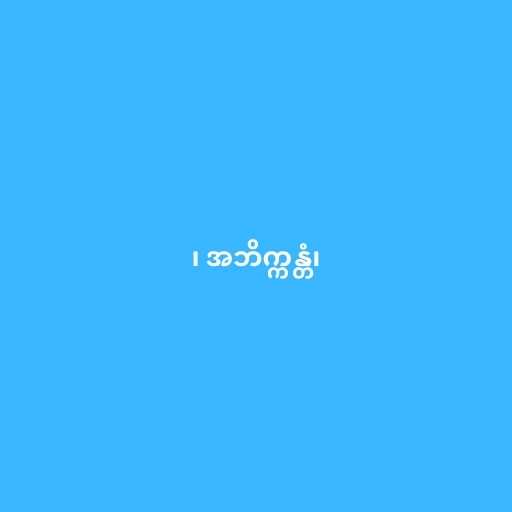
၊ အဘိက္ကန္တံ၊